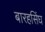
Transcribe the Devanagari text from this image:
बारहसिंघ